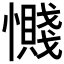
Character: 𫻔